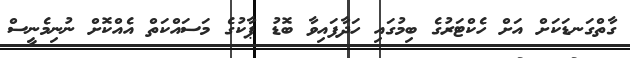
ގާތްގަނޑަކަށް އަށް ހެކްޓަރުގެ ބިމުގައި ހަދާފައިވާ ބޮޑު ޕާކުގެ މަސައްކަތް އެއްކޮށް ނުނިމެނީސް